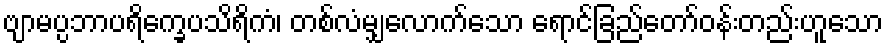
ဗျာမပ္ပဘာပရိက္ခေပသိရိကံ၊ တစ်လံမျှလောက်သော ရောင်ခြည်တော်ဝန်းတည်းဟူသော